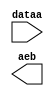
module comp_x0 (
	dataa,
	aeb);

	input	[9:0]  dataa;
	output	  aeb;

endmodule